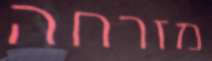
מזרחה